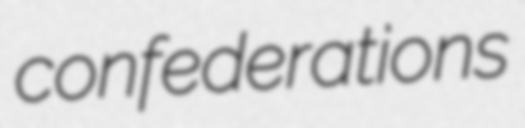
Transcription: confederations